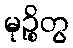
မုဉ္စိတွ